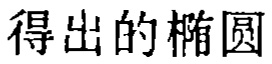
得出的椭圆